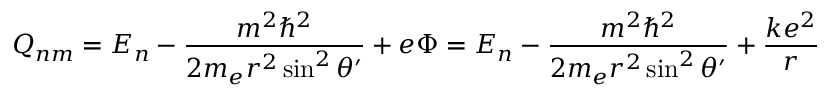
Q _ { n m } = E _ { n } - \frac { m ^ { 2 } \hbar ^ { 2 } } { 2 m _ { e } r ^ { 2 } \sin ^ { 2 } \theta ^ { \prime } } + e \Phi = E _ { n } - \frac { m ^ { 2 } \hbar ^ { 2 } } { 2 m _ { e } r ^ { 2 } \sin ^ { 2 } \theta ^ { \prime } } + \frac { k e ^ { 2 } } { r }